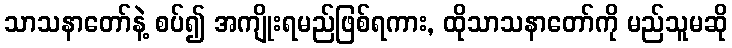
သာသနာတော်နဲ့ စပ်၍ အကျိုးရမည်ဖြစ်ရကား, ထိုသာသနာတော်ကို မည်သူမဆို